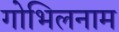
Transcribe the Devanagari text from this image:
गोभिलनाम